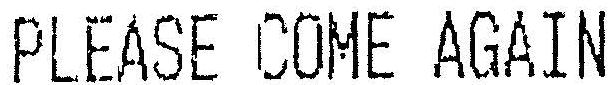
PLEASE COME AGAIN